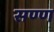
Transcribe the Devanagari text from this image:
सण्ण